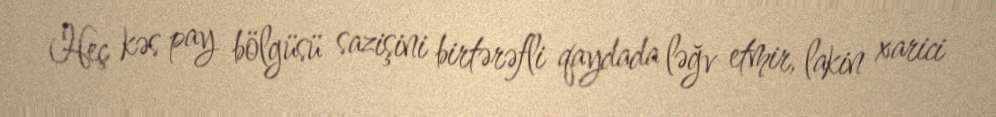
Heç kəs pay bölgüsü sazişini birtərəfli qaydada ləğv etmir, lakin xarici